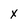
Character: X